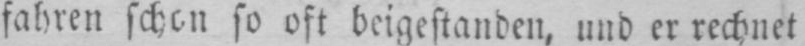
fahren schon so oft beigestanden, und er rechnet